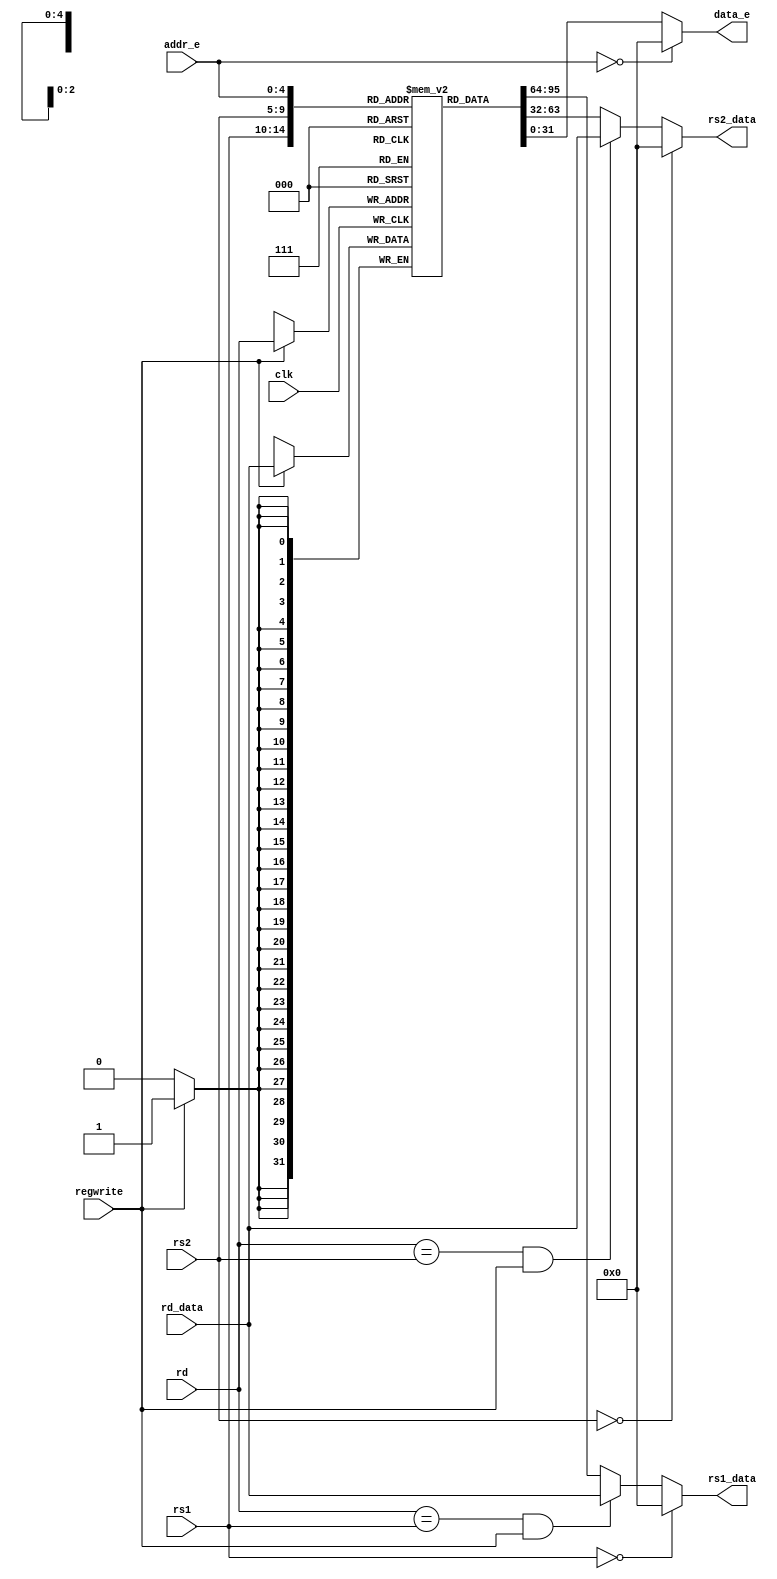
`timescale 1ns / 1ps
//////////////////////////////////////////////////////////////////////////////////
// Company: 
// Engineer: 
// 
// Design Name: 
// Module Name: RegFile
// Project Name: 
// Target Devices: 
// Tool Versions: 
// Description: 
// 
// Dependencies: 
// 
// Revision:
// Revision 0.01 - File Created
// Additional Comments:
// 
//////////////////////////////////////////////////////////////////////////////////


module RegFile(
    input clk,
    input [4:0] rs1,
    input [4:0] rs2,
    input [4:0] rd,
    input [4:0] addr_e,
    input regwrite,
    input [31:0] rd_data,
    output [31:0] rs1_data,
    output [31:0] rs2_data,
    output [31:0] data_e
    );

    reg [31:0] regs [1:31];
    assign rs1_data = (rs1 == 5'b0)? 32'b0 : ((rd == rs1) && regwrite) ? rd_data : regs[rs1];
    assign rs2_data = (rs2 == 5'b0)? 32'b0 : ((rd == rs2) && regwrite) ? rd_data : regs[rs2];
    assign data_e = (addr_e == 5'b0)? 32'b0 : regs[addr_e];

    always@(posedge clk) begin
        if (regwrite)
            regs[rd] <= rd_data;
    end

endmodule